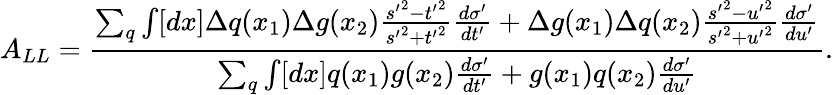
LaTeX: A_{LL}=\frac{\sum_{q}\int[dx]\Delta q(x_{1})\Delta g(x_{2})\frac{{s^{\prime}}^{2}-{t^{\prime}}^{2}}{{s^{\prime}}^{2}+{t^{\prime}}^{2}}\frac{d\sigma^{\prime}}{dt^{\prime}}+\Delta g(x_{1})\Delta q(x_{2})\frac{{s^{\prime}}^{2}-{u^{\prime}}^{2}}{{s^{\prime}}^{2}+{u^{\prime}}^{2}}\frac{d\sigma^{\prime}}{du^{\prime}}}{\sum_{q}\int[dx]q(x_{1})g(x_{2})\frac{d\sigma^{\prime}}{dt^{\prime}}+g(x_{1})q(x_{2})\frac{d\sigma^{\prime}}{du^{\prime}}}.